Civil Veterinary Dept. Bombay admin report 1923-31 - 1923-1931
Year: 1923
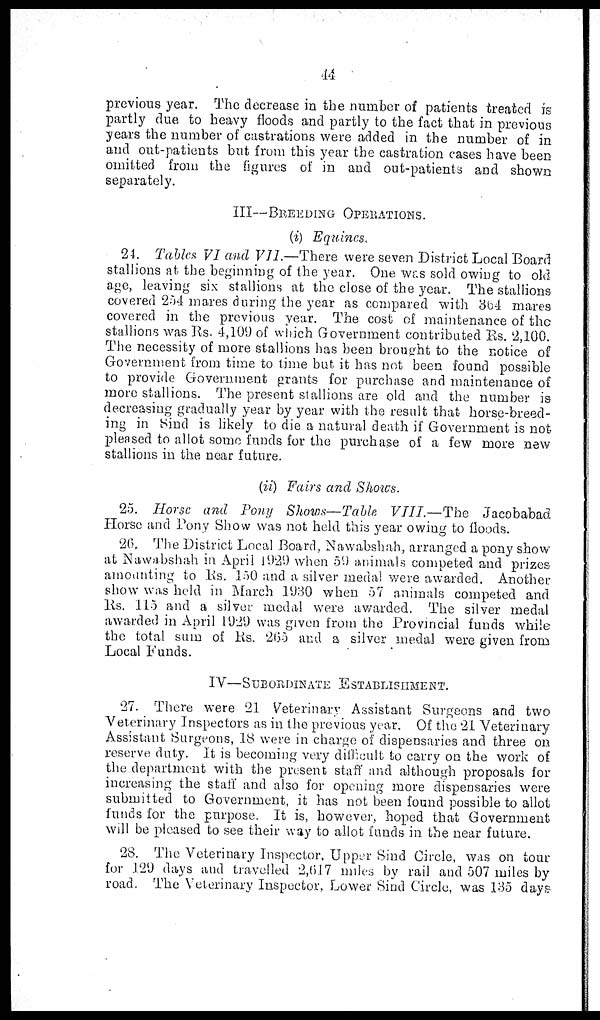
44
previous year. The decrease in the number of patients treated is
partly due to heavy floods and partly to the fact that in previous
years the number of castrations were added in the number of in
and out-patients but from this year the castration cases have been
omitted from the figures of in and out-patients and shown
separately.
III—BREEDING OPERATIONS.
(i) Equines.
24. Tables VI and VII.—There were seven District Local Board
stallions at the beginning of the year. One was sold owing to old
age, leaving six stallions at the close of the year. The stallions
covered 254 mares during the year as compared with 364 mares
covered in the previous year. The cost of maintenance of the
stallions was Rs. 4,109 of which Government contributed Rs. 2,100.
The necessity of more stallions has been brought to the notice of
Government from time to time but it has not been found possible
to provide Government grants for purchase and maintenance of
more stallions. The present stallions are old and the number is
decreasing gradually year by year with the result that horse-breed-
ing in Sind is likely to die a natural death if Government is not
pleased to allot some funds for the purchase of a few more new
stallions in the near future.
(ii) Fairs and Shows.
25. Horse and Pony Shows—Table VIII.—The
Jacobabad
Horse and Pony Show was not held this year owing to floods.
26. The District Local Board, Nawabshah, arranged a pony show
at Nawabshah in April 1929 when 59 animals competed and prizes
amounting to Rs. 150 and a silver medal were awarded. Another
show was held in March 1930 when 57 animals competed and
Rs. 115 and a silver medal were awarded. The silver medal
awarded in April 1929 was given from the Provincial funds while
the total sum of Rs. 265 and a silver medal were given from
Local Funds.
IV—SUBORDINATE
ESTABLISHMENT.
27. There were 21 Veterinary Assistant Surgeons and two
Veterinary Inspectors as in the previous year. Of the 21 Veterinary
Assistant Surgeons, 18 were in charge of dispensaries and three on
reserve duty. It is becoming very difficult to carry on the work of
the department with the present staff and although proposals for
increasing the staff and also for opening more dispensaries were
submitted to Government, it has not been found possible to allot
funds for the purpose. It is, however, hoped that Government
will be pleased to see their way to allot funds in the near future.
28. The Veterinary Inspector, Upper Sind Circle, was on tour
for 129 days and travelled 2,617 miles by rail and 507 miles by
road. The Veterinary Inspector, Lower Sind Circle, was 135 days